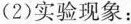
(2)实验现象：